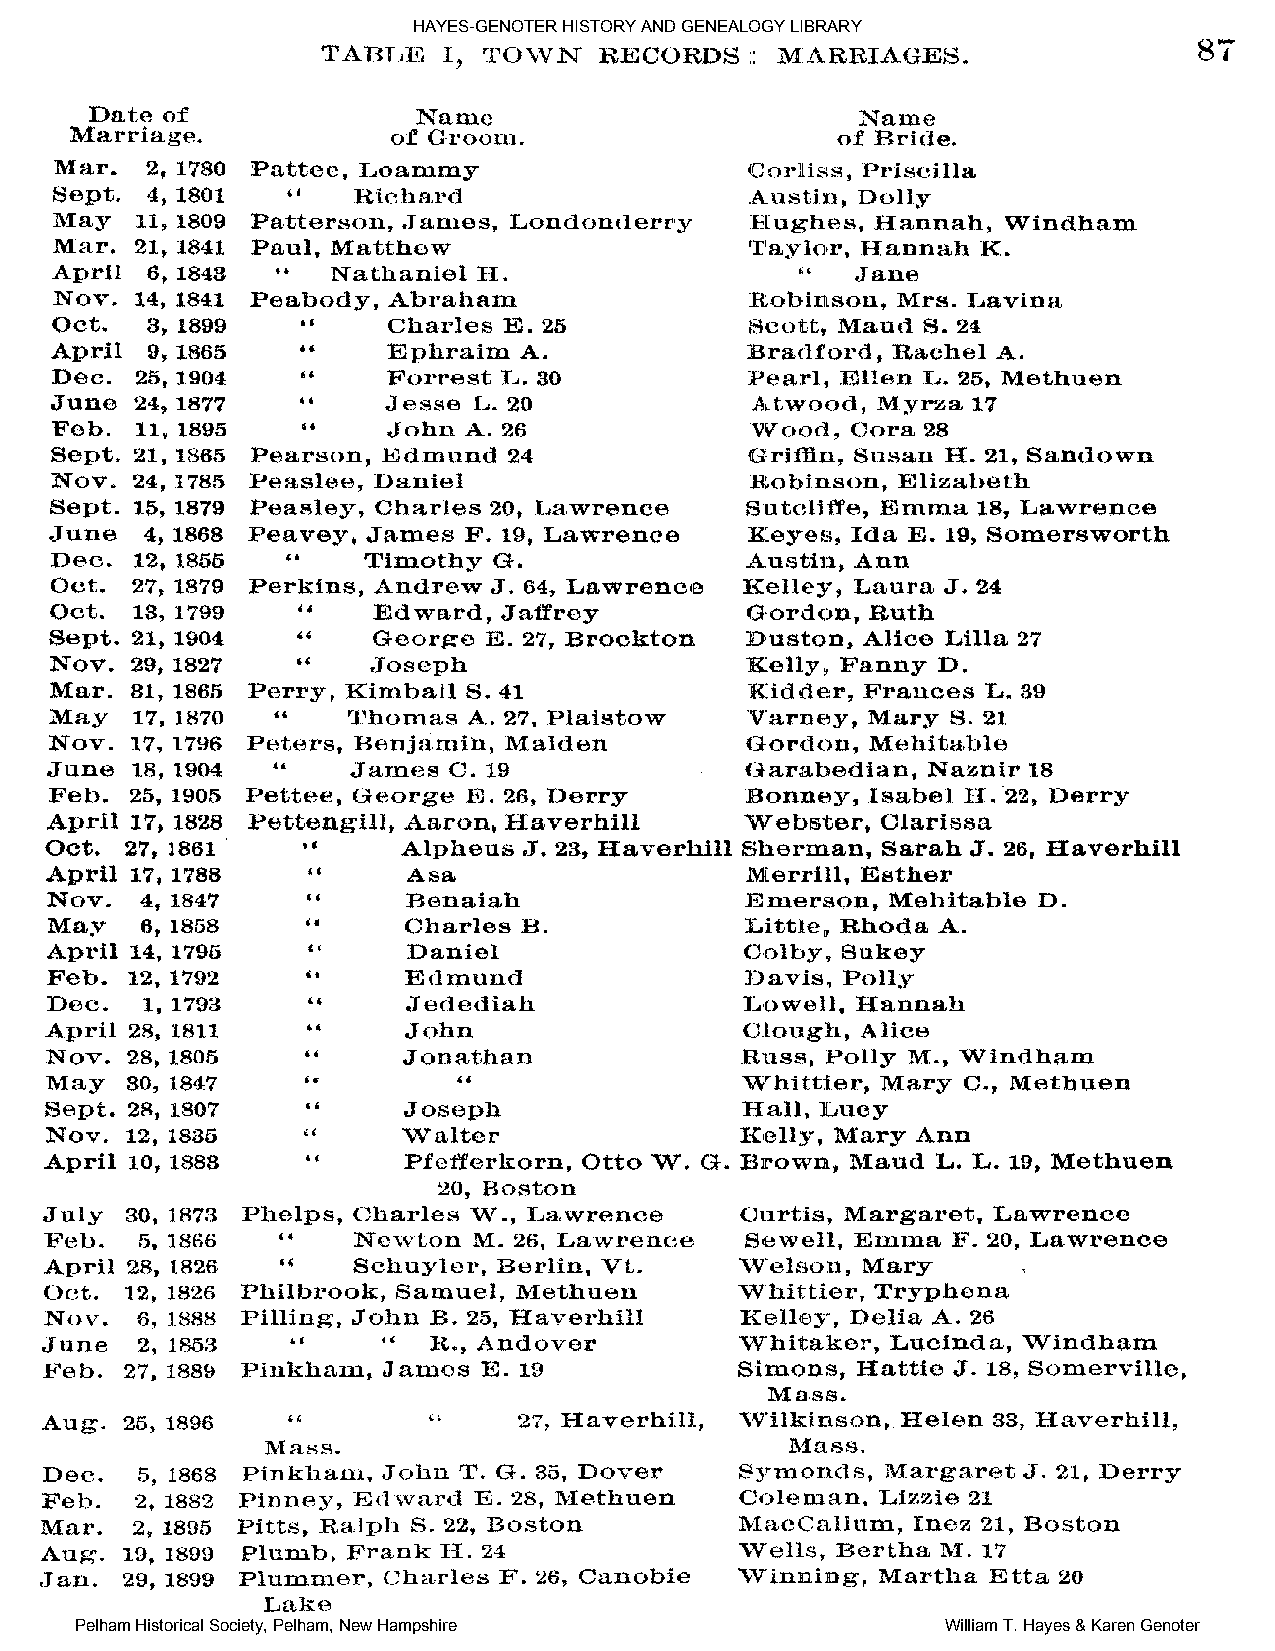
HAYES-GENOTER HISTORY AND GENEALOGY LIBRARY
 Pelham Historical Society, Pelham, New Hampshire          William T. Hayes & Karen Genoter